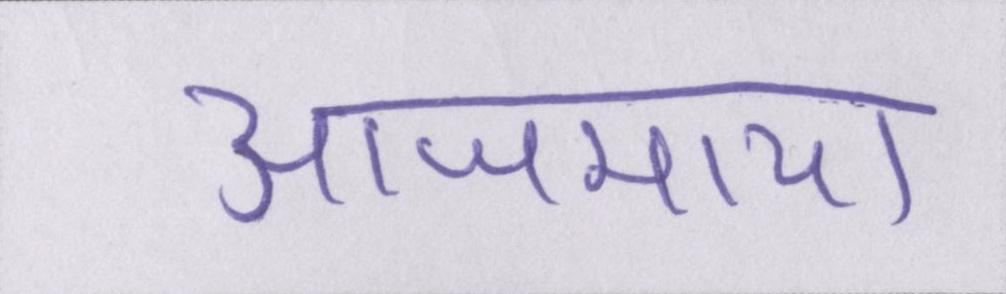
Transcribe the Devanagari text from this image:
आजमाया